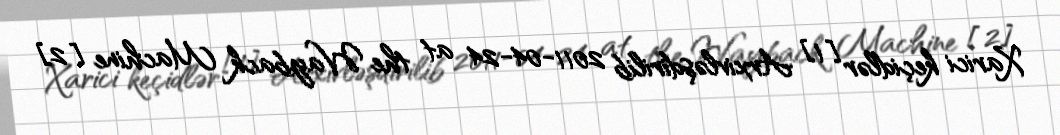
Xarici keçidlər [1] Arxivləşdirilib 2011-04-24 at the Wayback Machine [2]